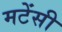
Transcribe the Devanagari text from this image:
मटेंसी